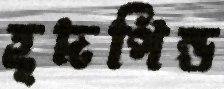
হূদপিন্ড